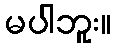
မပါဘူး။